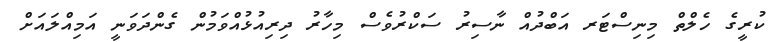
ކުރީގެ ހެލްތް މިނިސްޓަރ އަބްދުއް ނާސިރު ސަކްރުވެސް މިހާރު ދިރިއުޅުއްވަމުން ގެންދަވަނީ އަމިއްލައަށް